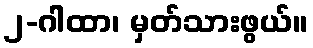
၂-ဂါထာ၊ မှတ်သားဖွယ်။